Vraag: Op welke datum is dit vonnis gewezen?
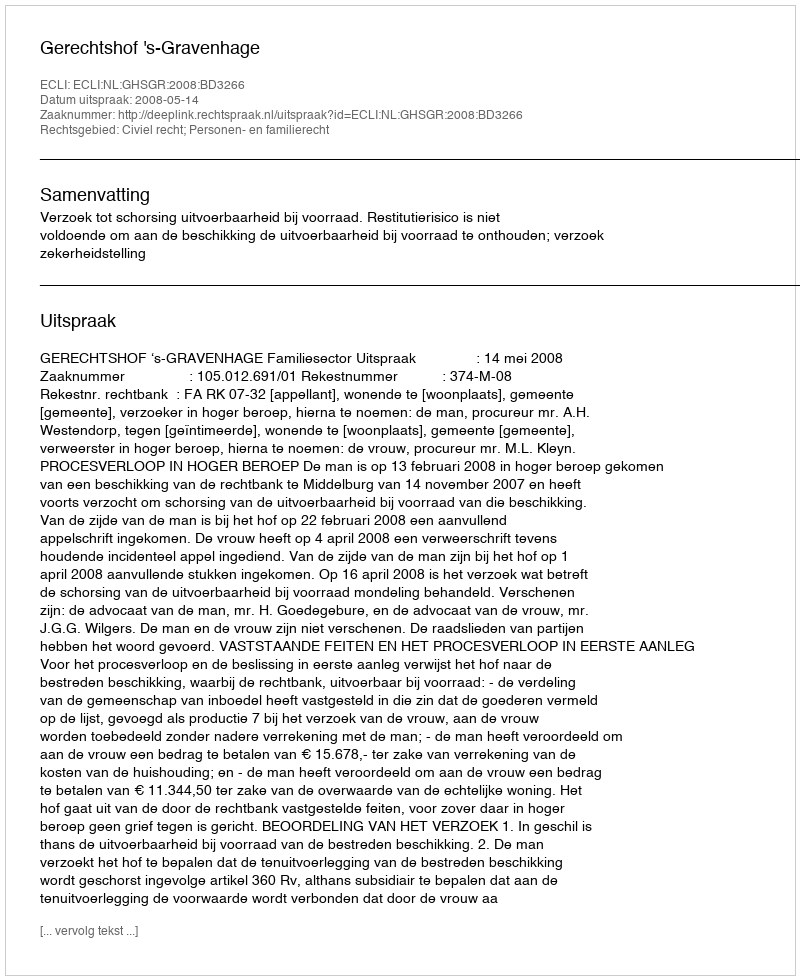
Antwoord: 2008-05-14